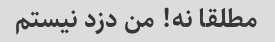
مطلقا نه! من دزد نیستم